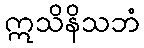
ဣသိနိသဘံ